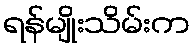
ရန်မျိုးသိမ်းက